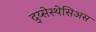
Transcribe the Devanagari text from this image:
द्य्सेस्थेसिअस